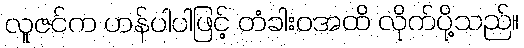
လူဇင်က ဟန်ပါပါဖြင့် တံခါးဝအထိ လိုက်ပို့သည်။